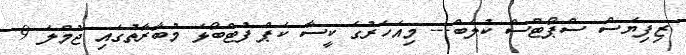
ޒިފިޔަސް ސްޕޯޓްސް ކުލަބް--- މިއަހަރުގެ ކީސާ ކަޕް ފުޓްބޯޅަ މުބާރާތުގައި ޖުމްލަ 9